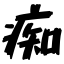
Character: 痴